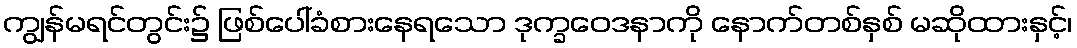
ကျွန်မရင်တွင်း၌ ဖြစ်ပေါ်ခံစားနေရသော ဒုက္ခဝေဒနာကို နောက်တစ်နှစ် မဆိုထားနှင့်၊